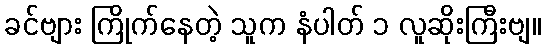
ခင်ဗျား ကြိုက်နေတဲ့ သူက နံပါတ် ၁ လူဆိုးကြီးဗျ။